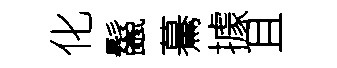
化鬣驀據且